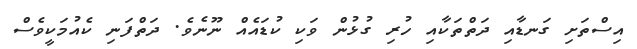
އިސްތަށި ގަނޑާއި ދަތްތަކާއި ހުރި ގުޅުން ވަކި ކުޑައެއް ނޫނެވެ. ދަތްފަނި ކެއުމަކީވެސް